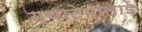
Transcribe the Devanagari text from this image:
ग्वाटेमालाई